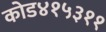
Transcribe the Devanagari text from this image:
कोड४१५३११